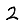
Digit: 2